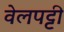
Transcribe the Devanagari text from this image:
वेलपट्टी